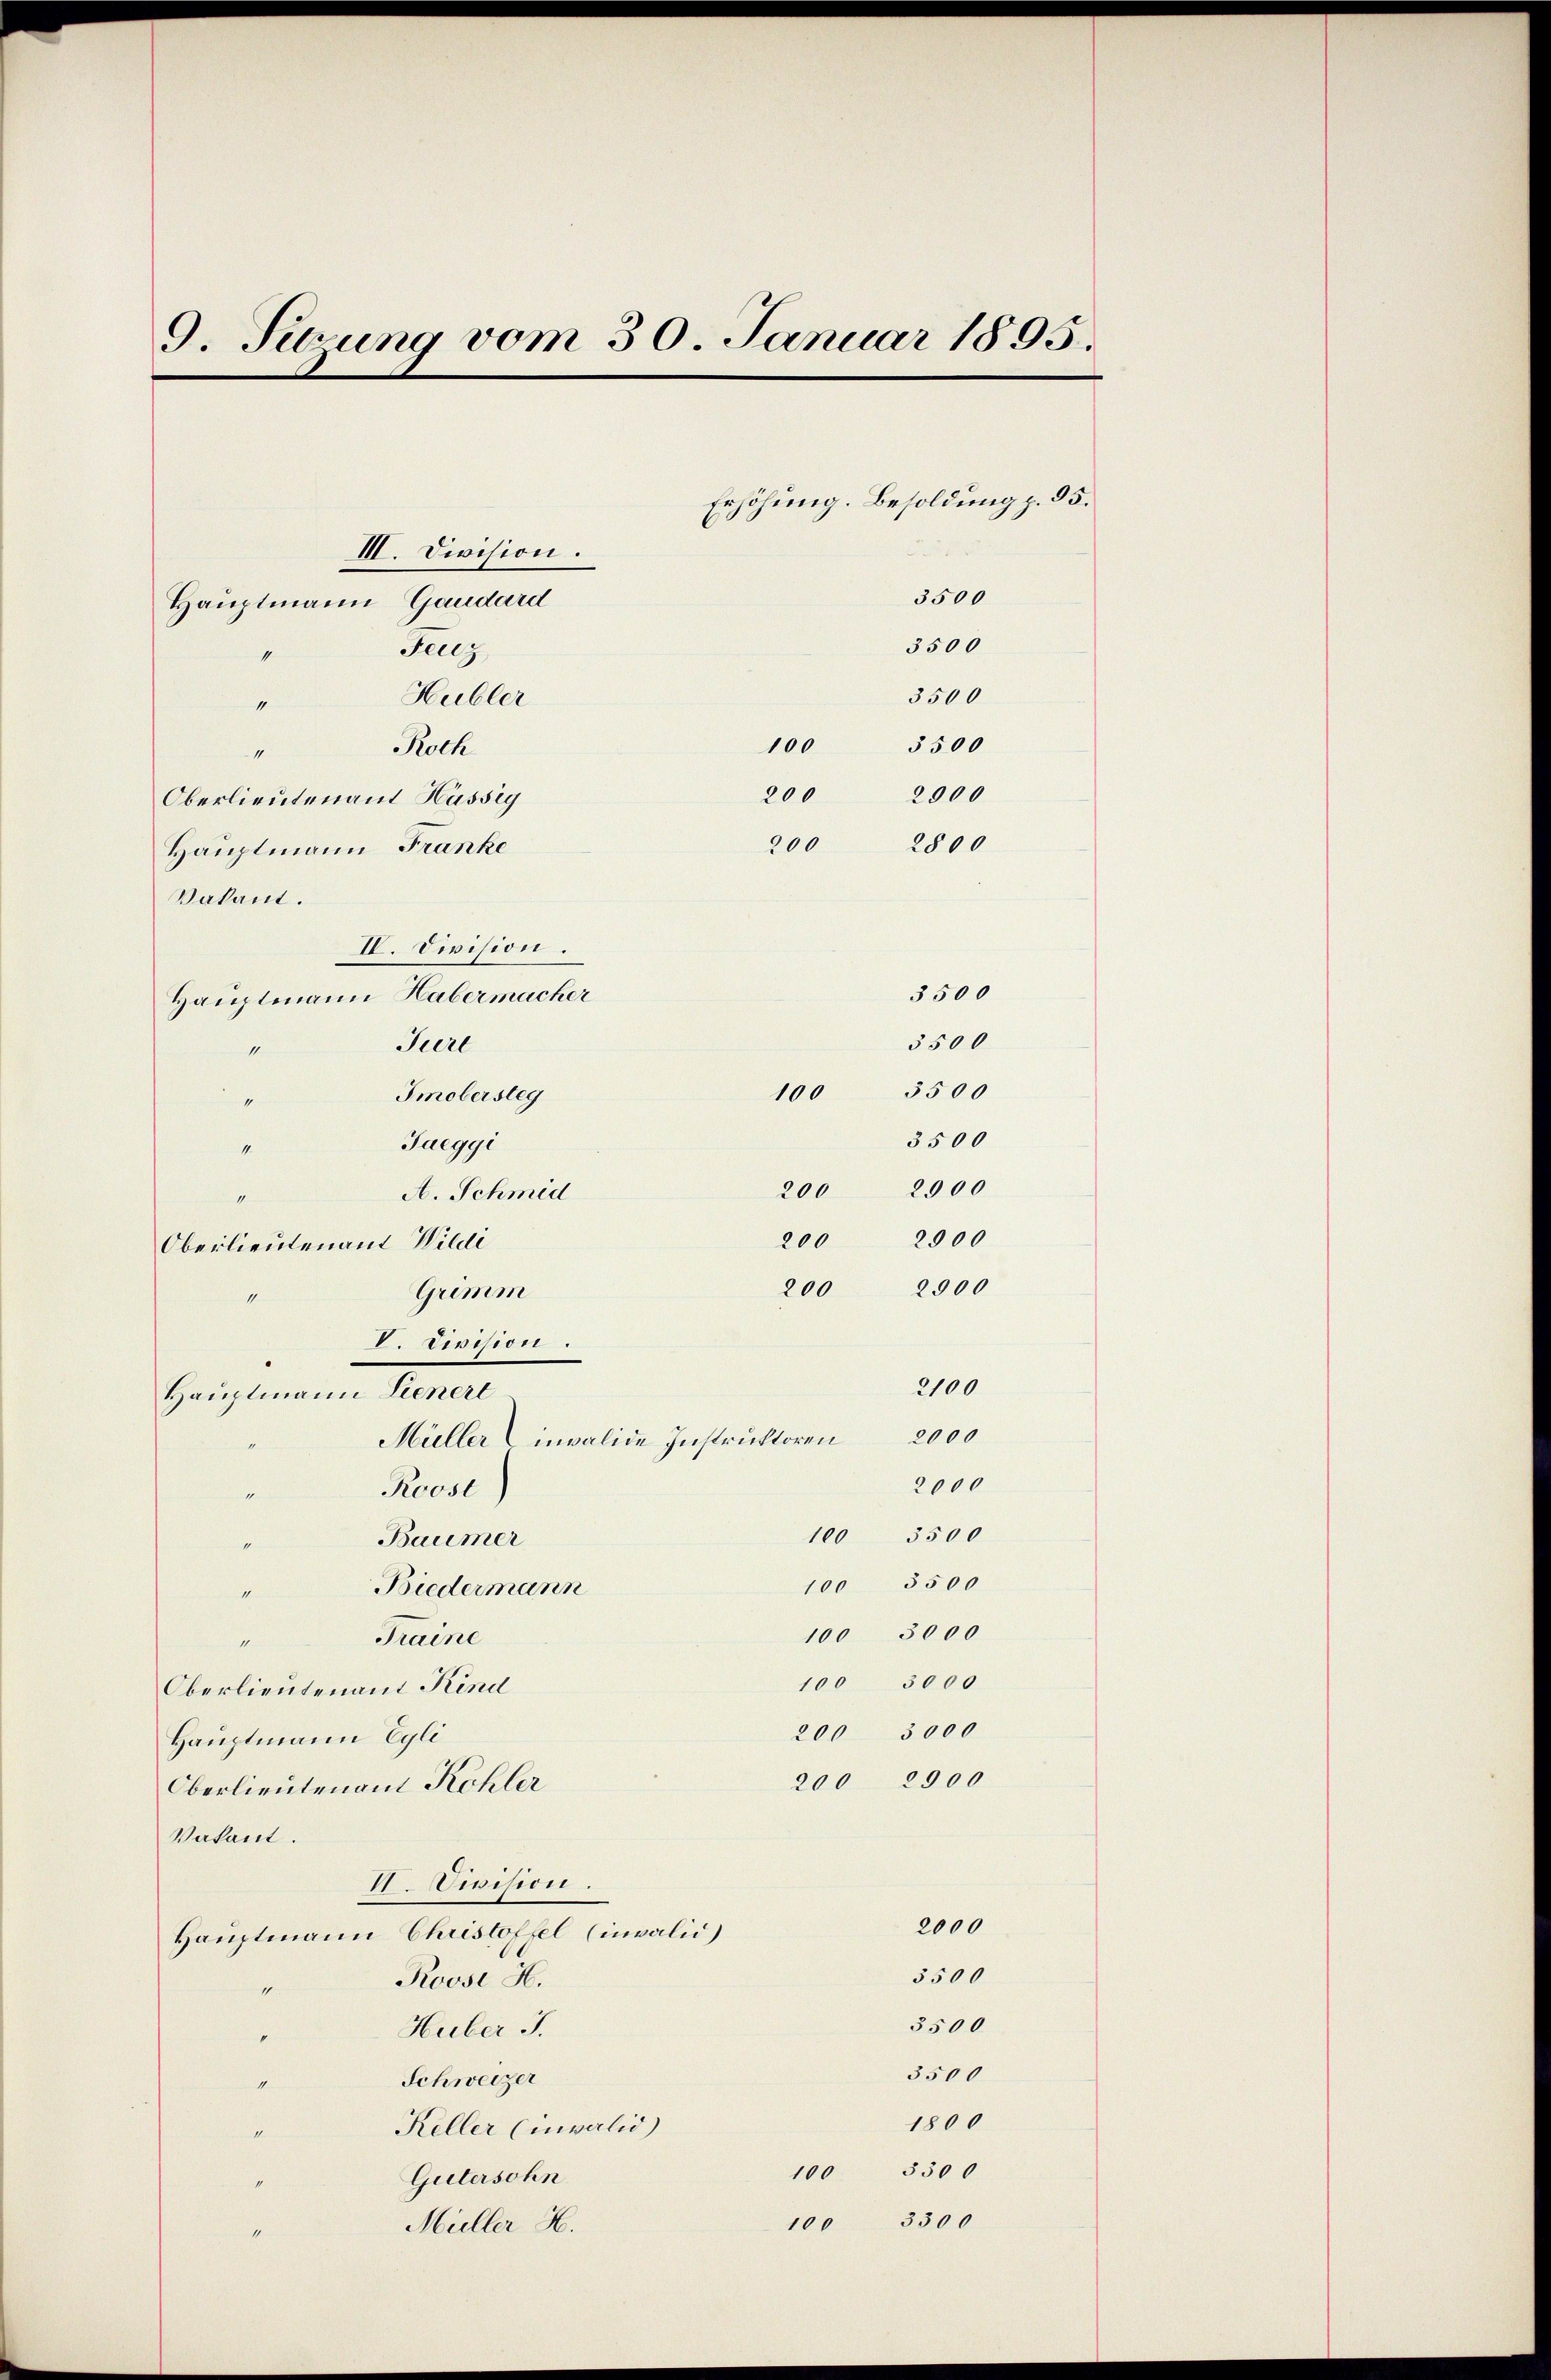
11
Vakant.

Hauptmann Lienerl

Roch

III. Division.

9. Sitzung vom 30. Januar 1895.

Hauptmann Gaudard
Feuz
1
Hubler
4
Oberlieutenant Hüssig
Hauptmann Franke
IV. Division.
Hauptmann Habermacher
Jurl
1
Smobersteg
“
Jaeggi
11
A. Schmid
miteinen
Oberlieutenant Wildi
Grimm
1

V. Division.

1
18
Oberlieutenant Kind
Hauptmann Egli
Oberlieutenant Kohler
Vakant.
VI. Division.
Hauptmann Christoffel (invalid)
Roose H.
4
Huber J.
Schweizer
Keller (nvalid
Gütersohn
Müller H.

Biedermann
Traine

200
200

Müller invalide Instruktoren
Roosl
Baumer

Erhöhung. Besoldung p. 95.
3500
3500
3500
100 3500
2900
2800

3500
5500
100 3500
3500
200 2000
2000
2900

2100
2000
2000
100 3500
100 3500
100 3000
100 3000
200 3000
200 2900

200
200

2000

5500
3500
3500
1800
100 3300
100 3500